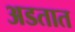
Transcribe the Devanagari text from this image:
अडतात